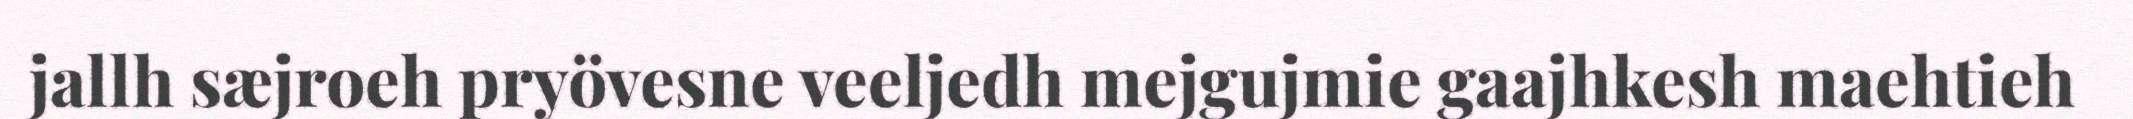
jallh sæjroeh pryövesne veeljedh mejgujmie gaajhkesh maehtieh